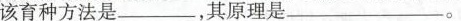
该育种方法是_____，其原理是_______。